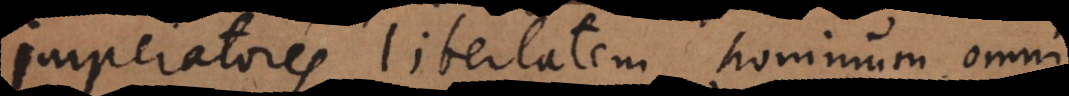
Imperatores libertatem hominum omni